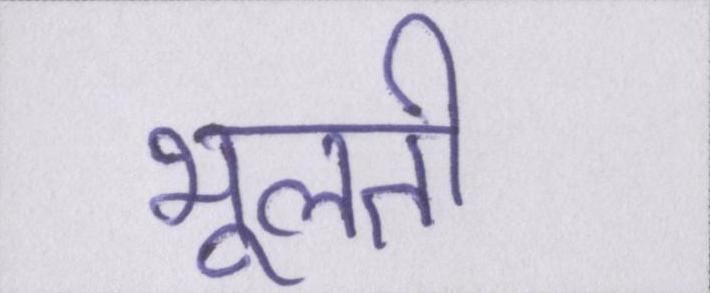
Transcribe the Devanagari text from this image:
भूलती